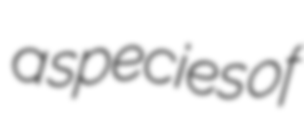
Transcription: a species of